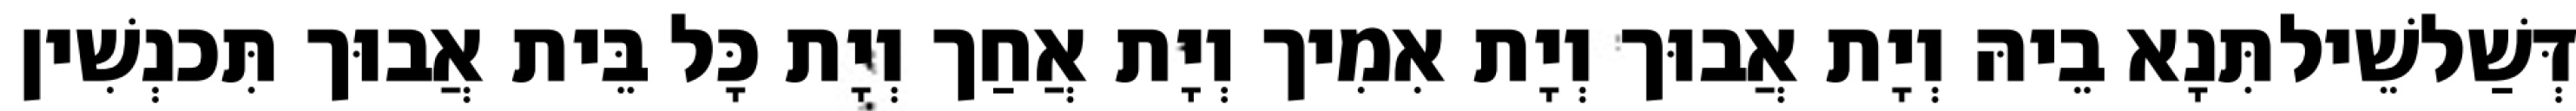
דְּשַׁלשֵׁילתִּנָא בֵיהּ וְיָת אֲבוּך וְיָת אִמִיך וְיָת אֲחַך וְיָת כָּל בֵּית אֲבוּך תִּכנְשִׁין